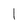
Character: l